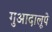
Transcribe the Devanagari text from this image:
गुआदालूपे